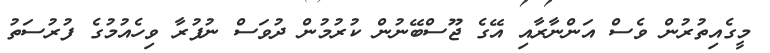
މީގެއިތުރުން ވެސް އަންނާރާއި އޭގެ ޖޫސްބޭނުން ކުރުމުން ދުވަސް ނުފުރާ ވިހެއުމުގެ ފުރުސަތު